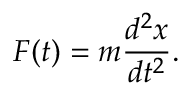
F ( t ) = m { \frac { d ^ { 2 } x } { d t ^ { 2 } } } .